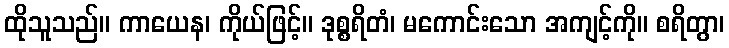
ထိုသူသည်။ ကာယေန၊ ကိုယ်ဖြင့်။ ဒုစ္စရိတံ၊ မကောင်းသော အကျင့်ကို။ စရိတွာ၊